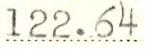
122.64